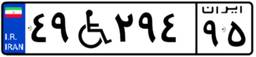
۴۹W۲۹۴۹۵